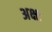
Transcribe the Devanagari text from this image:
अक्षः